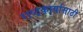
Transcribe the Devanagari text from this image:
राष्ट्रकार्यासाठी